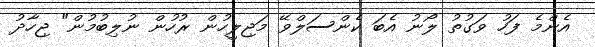
އެންމެ ފަހު ވަގުތު ލޯނު އެބަ ކެންސަލްވޭ މަޖިލީހުން ރުހުން ނުލިބުމުން" ޖިހާދު